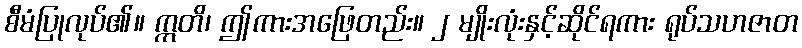
စီမံပြုလုပ်၏။ ဣတိ၊ ဤကားအဖြေတည်း။ ၂ မျိုးလုံးနှင့်ဆိုင်ရကား ရုပ်သဟဇာတ